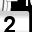
Digit: 2